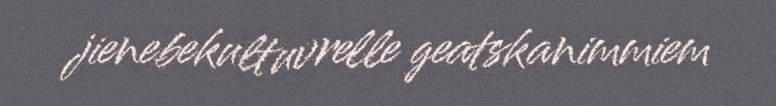
jienebekultuvrelle geatskanimmiem